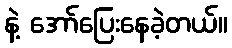
နဲ့ အော်ပြေးနေခဲ့တယ်။